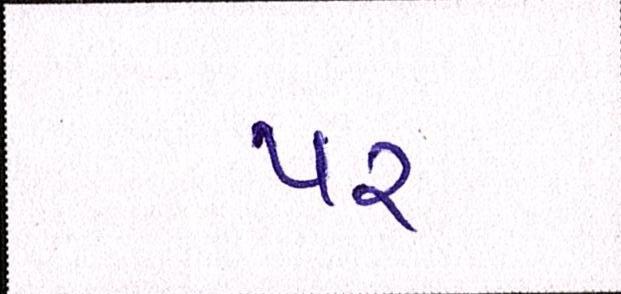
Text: પર